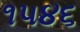
૧૫૪૬